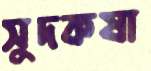
সুদকষা